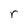
Character: r